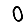
Digit: 0